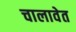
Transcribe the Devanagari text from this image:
चालावेत